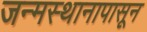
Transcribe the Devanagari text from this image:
जन्मस्थानापासून